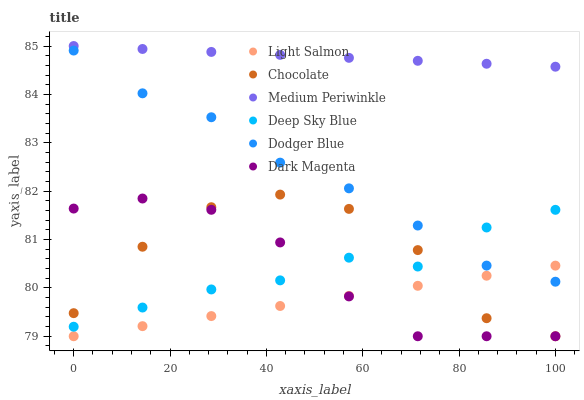
| xaxis_label | Light Salmon | Chocolate | Medium Periwinkle | Deep Sky Blue | Dodger Blue | Dark Magenta |
 | --- | --- | --- | --- | --- | --- | --- |
 | 0 | 79 | 79.5 | 85 | 79.2 | 84.9 | 81.6 |
 | 14.3 | 79.2 | 80.9 | 84.9 | 79.6 | 84 | 81.8 |
 | 28.6 | 79.4 | 81.7 | 84.9 | 80 | 83.5 | 81.6 |
 | 42.9 | 79.6 | 81.9 | 84.8 | 80.2 | 82.6 | 80.9 |
 | 57.1 | 79.8 | 81.6 | 84.8 | 80.6 | 82.1 | 79.8 |
 | 71.4 | 80 | 80.8 | 84.7 | 80.4 | 81.3 | 79 |
 | 85.7 | 80.3 | 79.4 | 84.6 | 81.2 | 80.5 | 79 |
 | 100 | 80.5 | 79 | 84.6 | 81.6 | 80.1 | 79 |